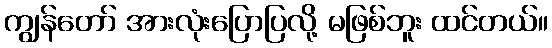
ကျွန်တော် အားလုံးပြောပြလို့ မဖြစ်ဘူး ထင်တယ်။